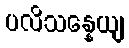
ပလိသန္နေယျ